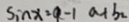
\sin x = a - 1 a + b _ { 2 }